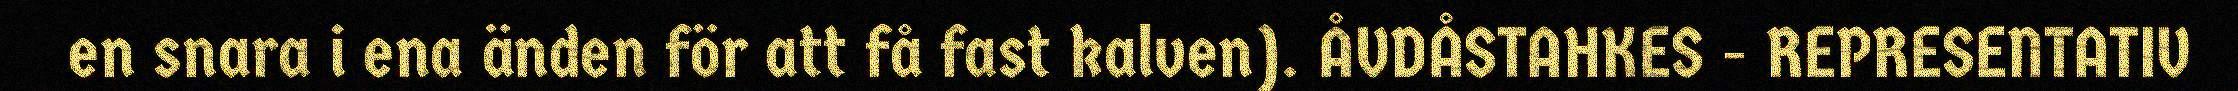
en snara i ena änden för att få fast kalven). ÅVDÅSTAHKES - REPRESENTATIV